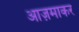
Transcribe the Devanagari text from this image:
आज़माकर